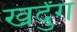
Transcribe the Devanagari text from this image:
खर्दुंग